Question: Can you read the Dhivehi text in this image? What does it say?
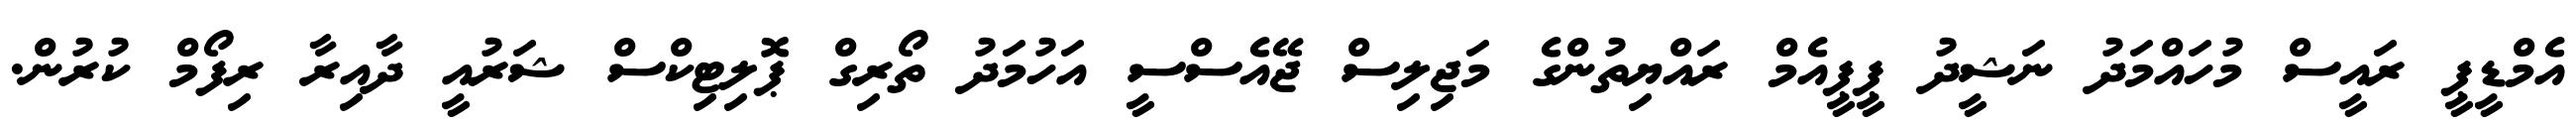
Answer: އެމްޑީޕީ ރައީސް މުހައްމަދު ނަޝީދު ޕީޕީއެމް ރައްޔިތުންގެ މަޖިލިސް ޖޭއެސްސީ އަހުމަދު ތޯރިގް ޕޮލިޓިކްސް ޝަރުއީ ދާއިރާ ރިފޯމް ކުރުން.